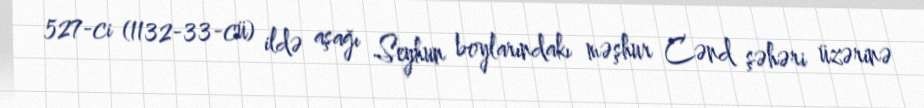
527-ci (1132-33-cü) ildə aşağı Seyhun boylarındakı məşhur Cənd şəhəri üzərinə